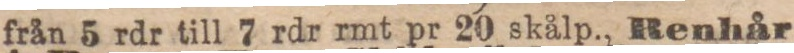
från 5 rdr till 7 rdr rmt pr 20 skålp., Renhår